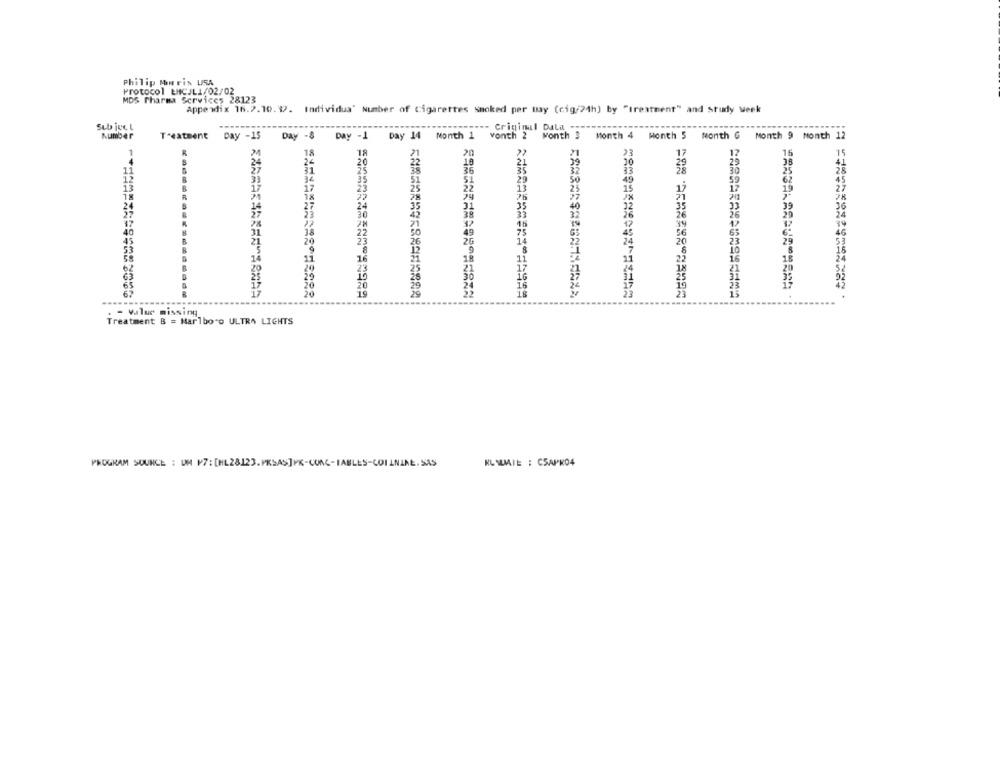
Philip Morris USA
Protocol ENCJLI/02/02
MDS Pharma Services 28123
Appendix 16.2.10. 9. Individua' Number of Cigarettes Smoked per may (cig/24h) by "treatment" and Study week
Sub ject
--- Criminal Dala -....
Number
Treatment Day -15 Day -8 Day -1 Day 14 Month 1 vonth 2 Month 3 Month 4 Month 5 Month G Month 9 Month 12
1
R
R
18
18
21
20
16
2€
20
41
31
11
3€
51
29
45
13
17
23
25
22
13
15
18
R
R
18
28
24
27
31
35
40
39
36
22
38
24
17
45
40
31
22
49
75
46
45
21
23
5
8
20
14
B
62
------
. - Value missing
Treatment B = Marlboro ULTRA LIGHTS
PROGRAM SOURCE : UM P7: [HL28123.PKSAS]PK-CUAC-IABLES-COILNINE.SAS
KL WIE : CSAPK04